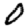
Digit: 0